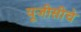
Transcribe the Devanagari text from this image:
यूजीसीचे